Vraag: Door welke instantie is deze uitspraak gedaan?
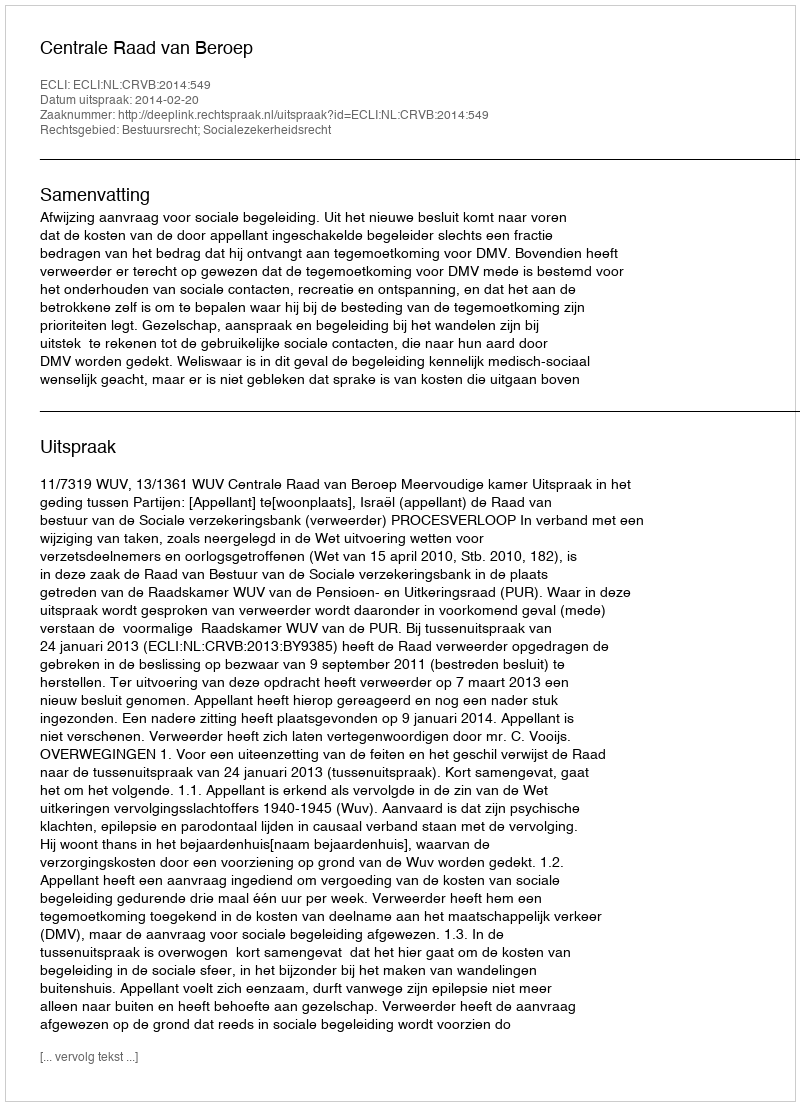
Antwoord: Centrale Raad van Beroep